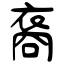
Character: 裔